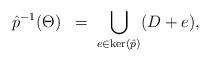
LaTeX: \begin{align*} \hat{p}^{-1}(\Theta) \;\;=\; \bigcup_{e\in \ker(\hat{p})} (D + e),\end{align*}